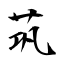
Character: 茿